Annual statistical returns and brief notes on vaccination in Bengal - 1887-1898
Year: 1887
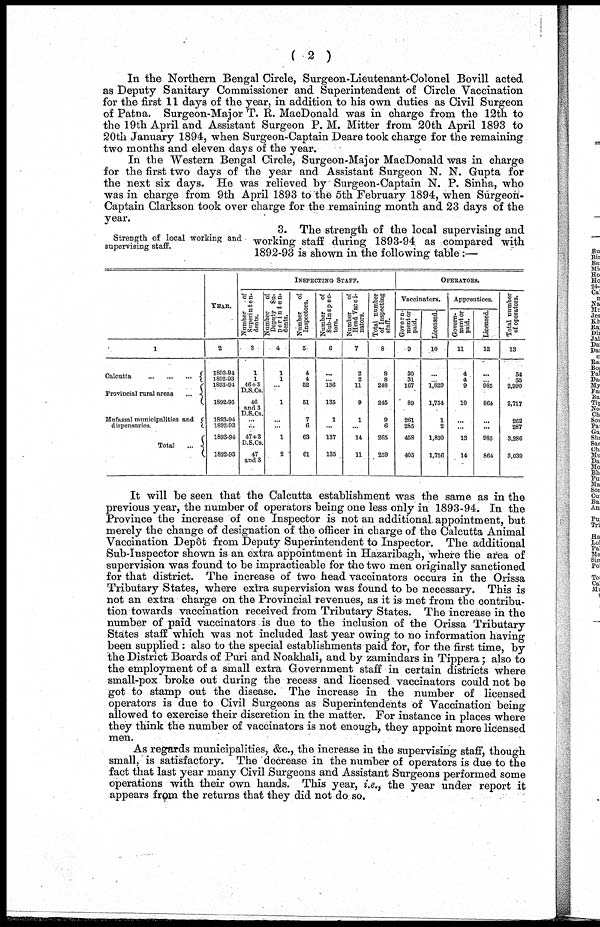
( 2 )
In the Northern Bengal Circle, Surgeon-Lieutenant-Colonel Bovill acted
as Deputy Sanitary Commissioner and Superintendent of Circle Vaccination
for the first 11 days of the year, in addition to his own duties as Civil Surgeon
of Patna. Surgeon-Major T. R. MacDonald was in charge from the 12th to
the 19th April and Assistant Surgeon P. M. Mitter from 20th April 1893 to
20th January 1894, when Surgeon-Captain Deare took charge for the remaining
two months and eleven days of the year.
In the Western Bengal Circle, Surgeon-Major MacDonald was in charge
for the first two days of the year and Assistant Surgeon N. N. Gupta for
the next six days. He was relieved by Surgeon-Captain N. P. Sinha, who
was in charge from 9th April 1893 to the 5th February 1894, when Surgeon-
Captain Clarkson took over charge for the remaining month and 23 days of the
year.
Strength of local working and
supervising staff.
3. The strength of the local supervising and
working staff during 1893-94 as compared with
1892-93 is shown in the following table :—
1
Calcutta
...
...
...
Provincial rural areas
...
Mufassal municipalities and
dispensaries.
Total
...
YEAR.
2
1893-94
1892-93
1893-94
1892-93
1893-94
1892-93
1893-94
1892-93
INSPECTING STAFF.
Number
of
Superinten-
dents.
3
1
1
46+3
D.S.Cs.
46
and 3
D.S.Cs.
... ...
47+3
D.S.Cs.
47
and 3
Number of
Deputy Su-
perinten¬
dents.
4
1
1
...
1
... ...
1
2
Number
of
Inspectors.
5
4
4
52
51
7
6
63
61
Number of
Sub-Inspec-
tors.
6
...
...
136
135
1
...
137
135
Number
of
Head Vacci-
nators.
7
2
2
11
9
1
14
11
Total number
of Inspecting
staff.
8
8
8
248
245
9
6
265
259
OPERATORS.
Vaccinators.
Govern-
ment or
paid.
9
30
31
167
89
261
285
458
405
Licensed.
10
...
... 1,829
1,754
1
2
1,830
1,756
Apprentices.
Govern-
ment or
paid.
11
4
4
9
10
...
...
13
14
Licensed.
12
...
... 985
864
... ...
985
864
Total number
of operators.
13
34
35
2,990
2,717
262
287
3,286
3,039
It will be seen that the Calcutta establishment was the same as in the
previous year, the number of operators being one less only in 1893-94. In the
Province the increase of one Inspector is not an additional appointment, but
merely the change of designation of the officer in charge of the Calcutta Animal
Vaccination Depôt from Deputy Superintendent to Inspector. The additional
Sub-Inspector shown is an extra appointment in Hazaribagh, where the area of
supervision was found to be impracticable for the two men originally sanctioned
for that district. The increase of two head vaccinators occurs in the Orissa
Tributary States, where extra supervision was found to be necessary. This is
not an extra charge on the Provincial revenues, as it is met from the contribu-
tion towards vaccination received from Tributary States. The increase in the
number of paid vaccinators is due to the inclusion of the Orissa Tributary
States staff which was not included last year owing to no information having
been supplied : also to the special establishments paid for, for the first time, by
the District Boards of Puri and Noakhali, and by zamindars in Tippera; also to
the employment of a small extra Government staff in certain districts where
small-pox broke out during the recess and licensed vaccinators could not be
got to stamp out the disease. The increase in the number of licensed
operators is due to Civil Surgeons as Superintendents of Vaccination being
allowed to exercise their discretion in the matter. For instance in places where
they think the number of vaccinators is not enough, they appoint more licensed
men.
As regards municipalities, &c., the increase in the supervising staff, though
small, is satisfactory. The decrease in the number of operators is due to the
fact that last year many Civil Surgeons and Assistant Surgeons performed some
operations with their own hands. This year, i.e., the year under report it
appears from the returns that they did not do so.